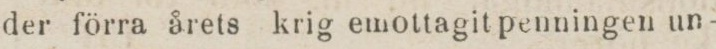
der förra årets krig emottagit penningen un-